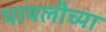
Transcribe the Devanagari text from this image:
पायलीच्या